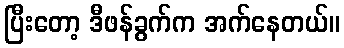
ပြီးတော့ ဒီဖန်ခွက်က အက်နေတယ်။